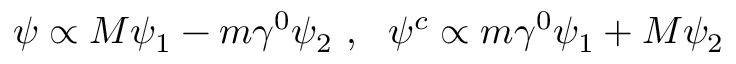
\psi \propto M \psi _ { 1 } - m \gamma ^ { 0 } \psi _ { 2 } ~ , ~ ~ \psi ^ { c } \propto m \gamma ^ { 0 } \psi _ { 1 } + M \psi _ { 2 }